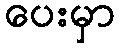
ပေးမှာ